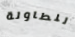
للطاولة